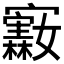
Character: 𪧵